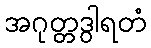
အဂုတ္တဒွါရတံ